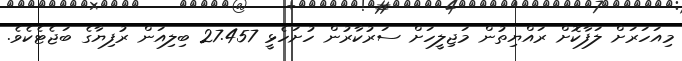
މިއަހަރަށް ލަފާކޮށް ރައްޔިތުން މަޖިލީހަށް ސަރުކާރުން ހުށަހެޅީ 27.457 ބިލިއަން ރުފިޔާގެ ބަޖެޓެކެވެ.